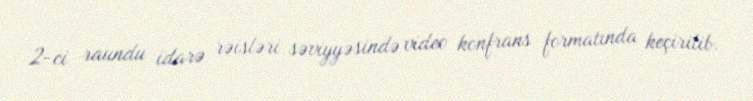
2-ci raundu idarə rəisləri səviyyəsində video konfrans formatında keçirilib.